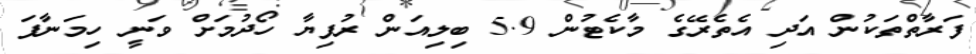
ފަރާތްތަކުން އަދި އެތެރޭގެ މާކެޓުން 5.9 ބިލިއަން ރުފިޔާ ހޯދުމަށް ވަނީ ހިމަނާފަ